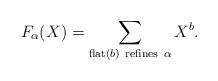
LaTeX: \begin{align*} F_{\alpha}(X) = \sum_{\mathrm{flat}(b) \ \mathrm{refines} \ \alpha} X^{b}. \end{align*}